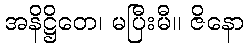
အနိဋ္ဌိတေ၊ မပြီးမီ။ ဇိနော